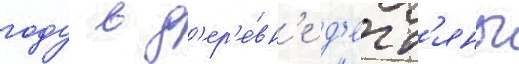
году в д'ер'е́вн'е д'егт'яны